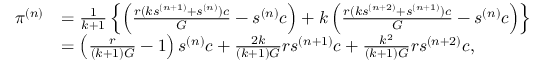
\begin{array} { r l } { \pi ^ { ( n ) } } & { = \frac { 1 } { k + 1 } \left\{ \left( \frac { r ( k s ^ { ( n + 1 ) } + s ^ { ( n ) } ) c } { G } - s ^ { ( n ) } c \right) + k \left( \frac { r ( k s ^ { ( n + 2 ) } + s ^ { ( n + 1 ) } ) c } { G } - s ^ { ( n ) } c \right) \right\} } \\ & { = \left( \frac { r } { ( k + 1 ) G } - 1 \right) s ^ { ( n ) } c + \frac { 2 k } { ( k + 1 ) G } r s ^ { ( n + 1 ) } c + \frac { k ^ { 2 } } { ( k + 1 ) G } r s ^ { ( n + 2 ) } c , } \end{array}